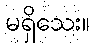
မရှိသေး။